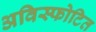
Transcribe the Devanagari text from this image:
अविस्फोटित